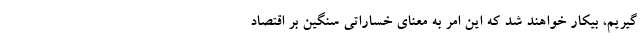
گیریم، بیکار خواهند شد که این امر به معنای خساراتی سنگین بر اقتصاد